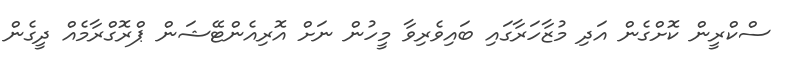
ސްކްރީން ކޮށްގެން އަދި މުޒާހަރާގައި ބައިވެރިވާ މީހުން ނަށް އޮރިއެންޓޭޝަން ޕްރޮގްރާމެއް ދީގެން